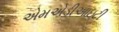
એમએડીઆઇટી